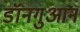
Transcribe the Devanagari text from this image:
डॉनगुआन